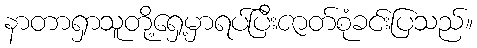
နာတာရှာသူတို့ရှေ့မှာရပ်ပြီးဇာတ်စုံခင်းပြသည်။